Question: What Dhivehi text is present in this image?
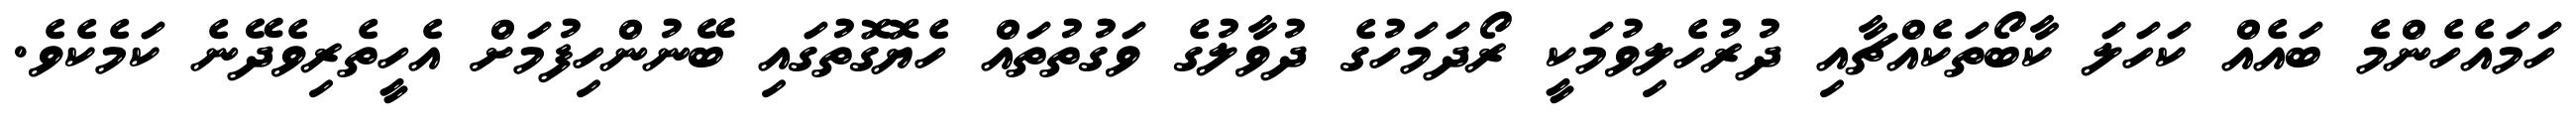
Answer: ހަމައެހެންމެ ބައެއް ކަހަލަ ކާބޯތަކެއްޗާއި ދުރުހެލިވުމަކީ ރޯދަމަހުގެ ދުވާލުގެ ވަގުތުތައް ހެޔޮގޮތުގައި ބޭނުންހިފުމަށް އެހީތެރިވެދޭނެ ކަމެކެވެ.